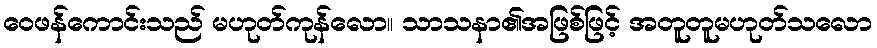
ဝေဖန်ကောင်းသည် မဟုတ်ကုန်လော။ သာသနာ၏အဖြစ်ဖြင့် အတူတူမဟုတ်သလော